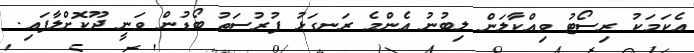
އެކަމަކު ރިސޯޓު ވިއްކާލަން ލިބުނު އެންމެ ރަނގަޅު ފުރުސަތު ބޯޑުން ވަނީ ދޫކޮށްލާފައި.